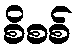
စိစစ်